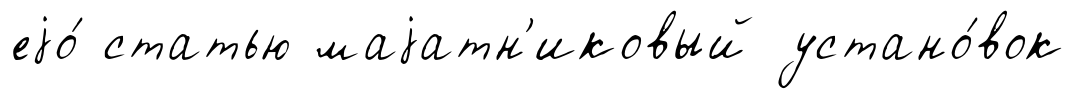
еjо́ статью маjатн'иковый устано́вок